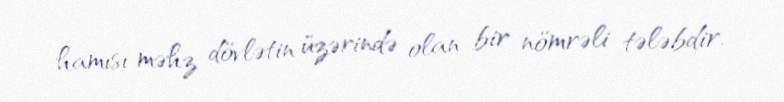
hamısı məhz dövlətin üzərində olan bir nömrəli tələbdir.